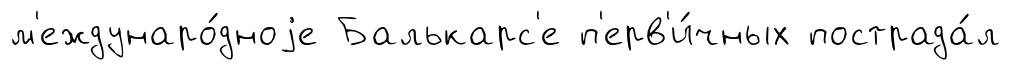
м'еждунаро́дноjе Балькарс'е п'ерв'и́чных пострада́л